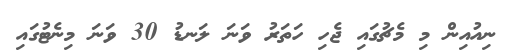
ނިއުއިން މި މެޗުގައި ޖެހި ހަތަރު ވަނަ ލަނޑު 30 ވަނަ މިނެޓުގައި